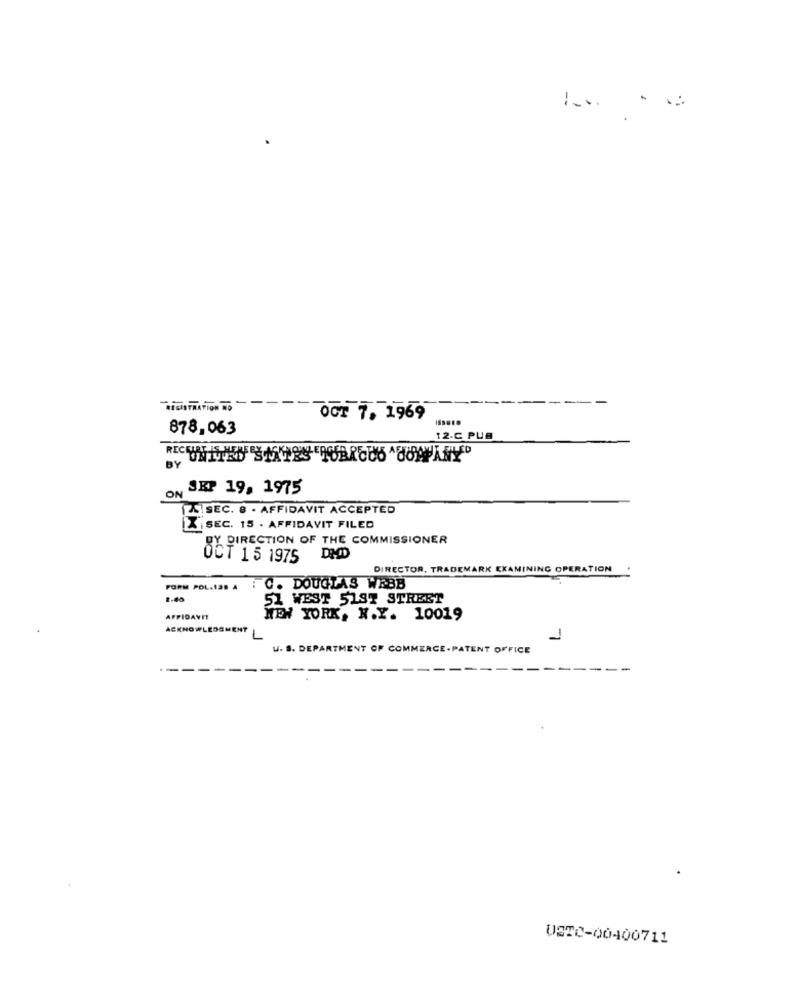
OCT 7, 1969
878,063
12-C PUB
SEP 19, 1975
SEC. 8 . AFFIDAVIT ACCEPTED
I SEC. 15 . AFFIDAVIT FILED
BY DIRECTION OF THE COMMISSIONER
OCT 15 1975
DHD
DIRECTOR, TRADEMARK EXAMINING OPERATION
FORM POL.Iam A : C. DOUGLAS WABB
51 WEST 51ST STREET
AFFIDAVIT
NEW YORK, N.Y. 10019
ACKNOWLEDGMENT
1
U. S. DEPARTMENT OF COMMERCE-PATENT OFFICE
USTC-00400711